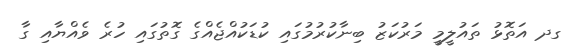
ގދ އަތޮޅު ތައުލީމީ މަރުކަޒު ބިނާކުރުމުގައި ކުޑަކުއްޖެއްގެ ގޮތުގައި ހުރެ ވެއްޔާއި ގާ